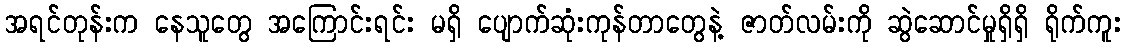
အရင်တုန်းက နေသူတွေ အကြောင်းရင်း မရှိ ပျောက်ဆုံးကုန်တာတွေနဲ့ ဇာတ်လမ်းကို ဆွဲဆောင်မှုရှိရှိ ရိုက်ကူး